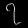
Digit: ၇